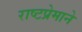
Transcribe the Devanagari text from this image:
राष्टप्रेमाने